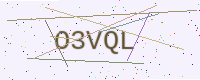
Text: O3VQL